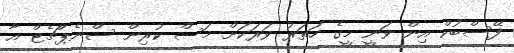
ފޭސްބުކް އިން ވަނީ މީގެ ހަތަރު ވަރަކަށް މަސް ކުރިން ސްނެޕްޗެޓް އާ